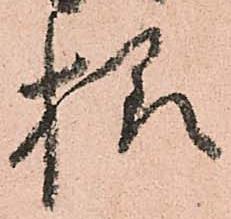
様